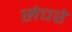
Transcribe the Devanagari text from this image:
सेपरे